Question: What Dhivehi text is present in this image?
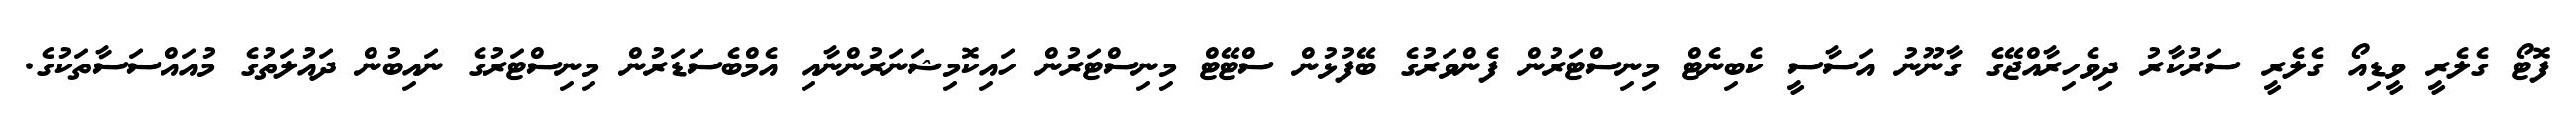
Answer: ފޮޓޯ ގެލެރީ ވީޑިއޯ ގެލެރީ ސަރުކާރު ދިވެހިރާއްޖޭގެ ގާނޫނު އަސާސީ ކެބިނެޓް މިނިސްޓަރުން ފެންވަރުގެ ބޭފުޅުން ސްޓޭޓް މިނިސްޓަރުން ހައިކޮމިޝަނަރުންނާއި އެމްބެސަޑަރުން މިނިސްޓަރުގެ ނައިބުން ދައުލަތުގެ މުއައްސަސާތަކުގެ.